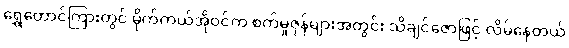
ရွှေတောင်ကြားတွင် မိုက်ကယ်အိုဝင်က စက်မှုဇုန်များအတွင်း သိချင်ဇောဖြင့် လိမ်နေတယ်